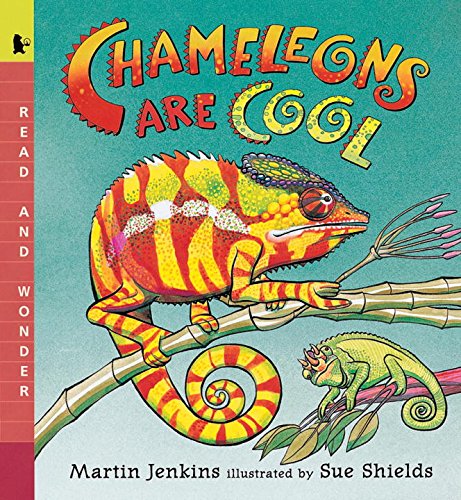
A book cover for Chameleons Are Cool: Read and Wonder; Martin Jenkins; Children's Books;